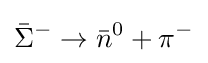
{\bar {\Sigma }}^{-}\to {\bar {n}}^{0}+\pi ^{-}